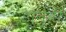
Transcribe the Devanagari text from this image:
डानुबी